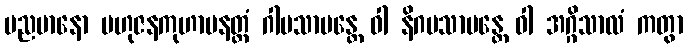
မညမာနော ဗဟုဇနကုဟာပနတ္ထံ ဂါမသာမန္တေ ဝါ နိဂမသာမန္တေ ဝါ အဂ္ဂိသာလံ ကတွာ